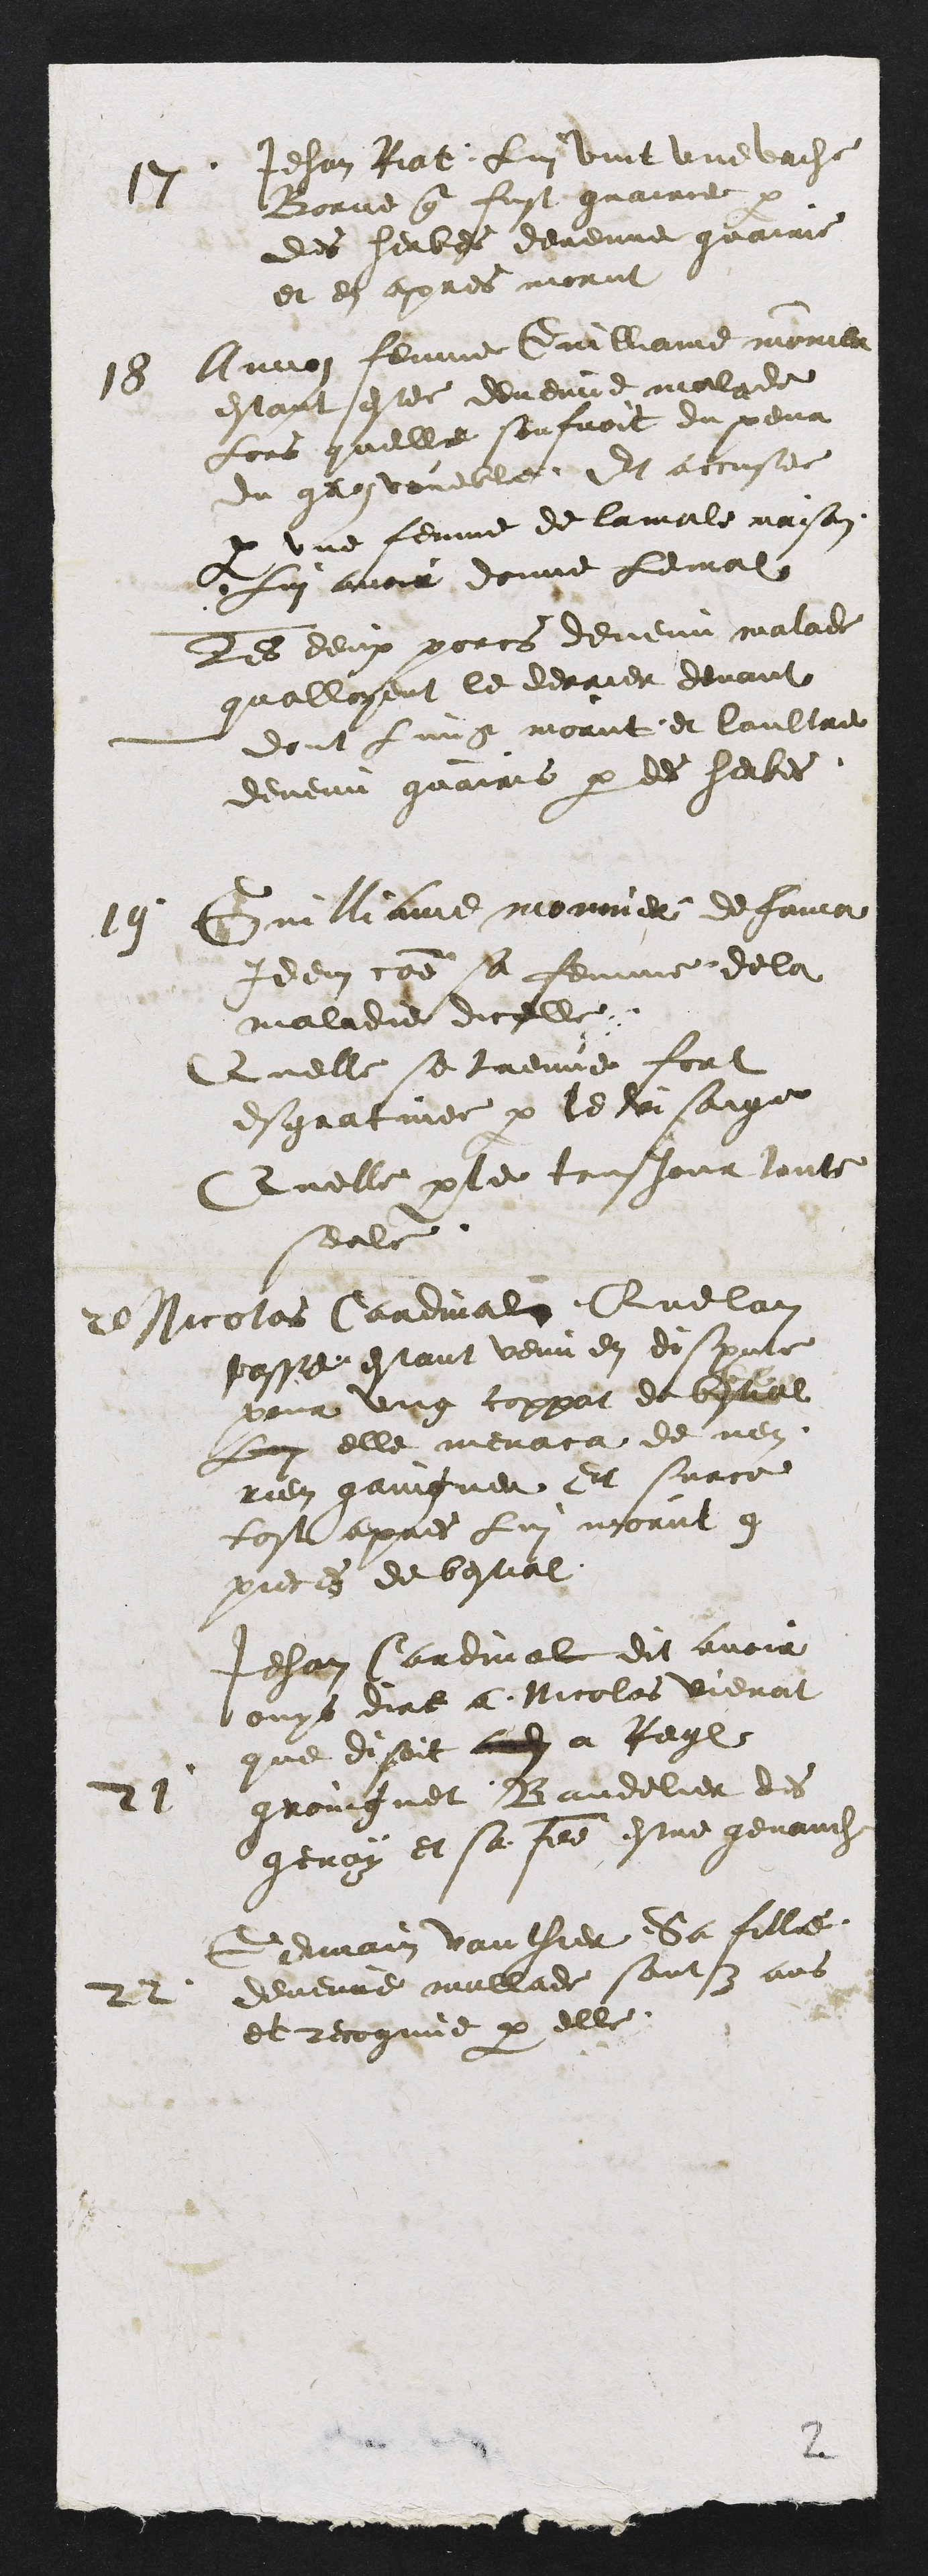
17
Jehan lat Lui vint une vache
Borne que fust guairie par
des herbes devenue guairie
et en apres morut
18
Annon femme Guilliame monier
estant estee devenue malade
Lors quelle sonfoit du pour
du gros voueble Et accusee
par une femme de la malle maison
Lui avoir donne le mal
Les deux porcs devenu malade
qualloyent le derrier devant
dont lung morut et laultre
devenu guairis par des herbes
19
Guilliame monnier de famoi
Idem comme sa femme de la
maladie dicelle
Quelle se treuve fort
es gratinee par le faisaige
Quelle par le tousjour toute
seule
20
Nicolas Cardival, Que la
passe estant venu en disne
pour ung coppar de bestial
Lui elle menace de nen
rien gaingner Et surce
tost apres lui morut q
preces de bestial
21
Jehan Cardival dit avoir
ouys dire a Nicolas vieval
que disoit audit a Regl
groingnet Bandelier des
genay et sa feme estre genaudit
22
Germain vauthier la fille
devenue malade sont y ans
et recognue par elle